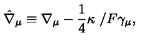
\hat { \nabla } _ { \mu } \equiv \nabla _ { \mu } - \frac { 1 } { 4 } \kappa \ { { \slash } { } F } \gamma _ { \mu } ,